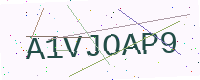
Text: A1VJOAP9